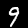
Label: 9